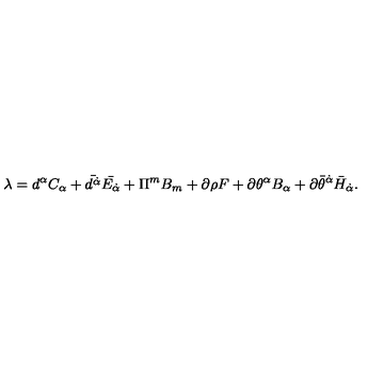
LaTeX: \lambda = d ^ { \alpha } C _ { \alpha } + \bar { d ^ { \dot { \alpha } } } \bar { E _ { \dot { \alpha } } } + \Pi ^ { m } B _ { m } + \partial \rho F + \partial \theta ^ { \alpha } B _ { \alpha } + \partial { \bar { \theta } } ^ { \dot { \alpha } } { \bar { H } } _ { \dot { \alpha } } .